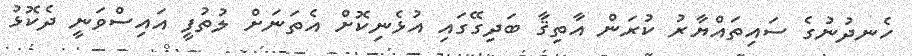
ހެނދުނުގެ ސައިތައްޔާރު ކުރަން އާތިޤާ ބަދިގޭގައި އުޅެނިކޮށް އެތަނަށް ލުތުފީ އައިސްވަނީ ދެކޮޅު